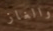
والغاز